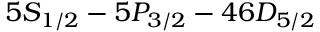
5 S _ { 1 / 2 } - 5 P _ { 3 / 2 } - 4 6 D _ { 5 / 2 }